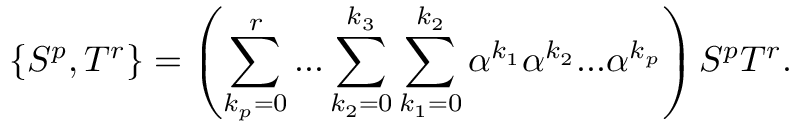
\{ S ^ { p } , T ^ { r } \} = \left( \sum _ { k _ { p } = 0 } ^ { r } . . . \sum _ { k _ { 2 } = 0 } ^ { k _ { 3 } } \sum _ { k _ { 1 } = 0 } ^ { k _ { 2 } } \alpha ^ { k _ { 1 } } \alpha ^ { k _ { 2 } } . . . \alpha ^ { k _ { p } } \right) S ^ { p } T ^ { r } .